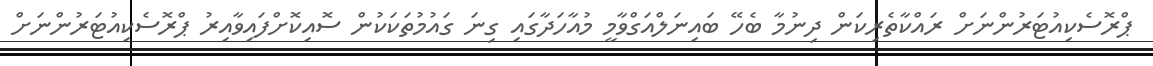
ޕްރޮސެކިއުޓަރުންނަށް ރައްކާތެރިކަން ދިނުމާ ބެހޭ ބައިނަލްއަގްވާމީ މުއާހަދާގައި ގިނަ ގައުމުތަކަކުން ސޮއިކޮށްފައިވާއިރު ޕްރޮސެކިއުޓަރުންނަށް